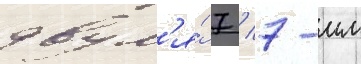
двум'я́ 7 / 7-мм